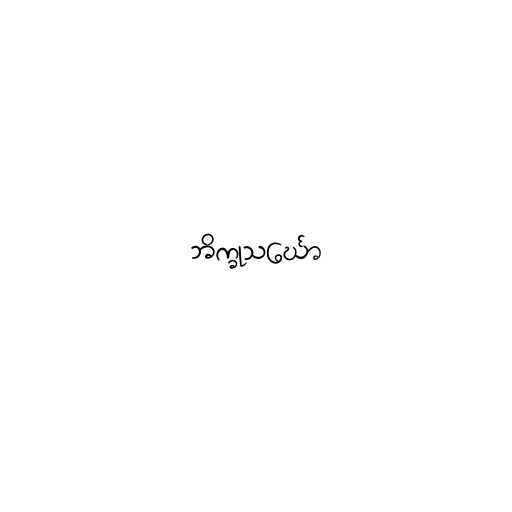
ဘိက္ခုသင်္ဃော